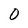
Character: 0